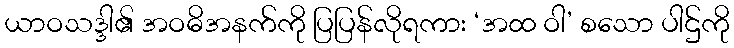
ယာဝသဒ္ဒါ၏ အဝဓိအနက်ကို ပြပြန်လိုရကား ‘အထ ဝါ’ စသော ပါဌ်ကို